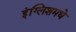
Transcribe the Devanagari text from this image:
इंग्लिशमधे